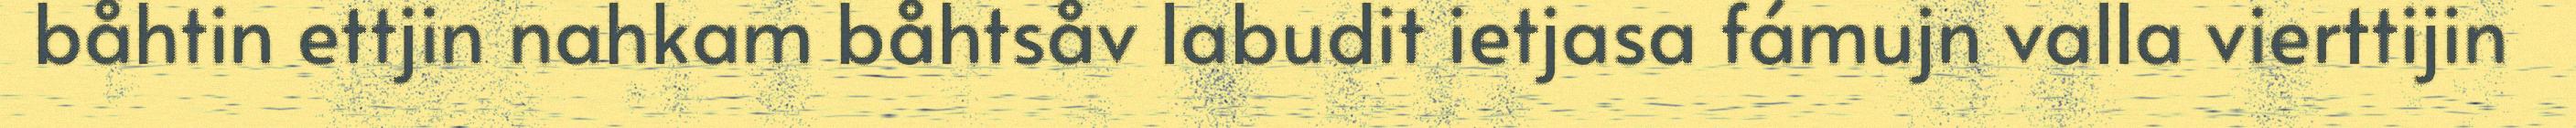
båhtin ettjin nahkam båhtsåv labudit ietjasa fámujn valla vierttijin